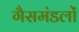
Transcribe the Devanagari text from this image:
गैसमंडलों